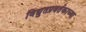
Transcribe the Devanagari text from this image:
विद्युतप्रवर्तकाच्या